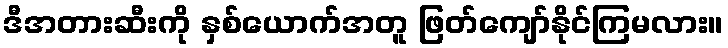
ဒီအတားဆီးကို နှစ်ယောက်အတူ ဖြတ်ကျော်နိုင်ကြမလား။